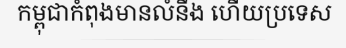
កម្ពុជាកំពុងមានលំនឹង ហើយប្រទេស